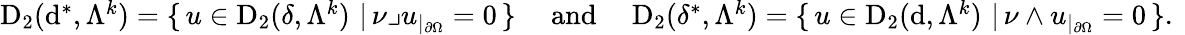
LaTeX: \begin{array}{r}{\mathrm{D}_{2}(\mathrm{d}^{\ast},\Lambda^{k})=\{ \, u\in\mathrm{D}_{2}({\delta},\Lambda^{k})\, \, |\, \nu\lrcorner u_{|_{\partial\Omega}}=0\, \} \quad\mathrm{~and~}\quad\mathrm{D}_{2}({\delta}^{\ast},\Lambda^{k})=\{ \, u\in\mathrm{D}_{2}(\mathrm{d},\Lambda^{k})\, \, |\, \nu\wedge u_{|_{\partial\Omega}}=0\, \} \mathrm{.~}}\end{array}